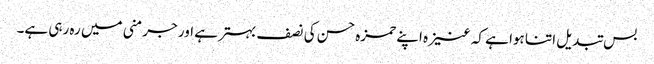
بس تبدیل اتنا ہوا ہے کہ عنیزہ اپنے حمزہ حسن کی نصف بہتر ہے اور جرمنی میں رہ رہی ہے۔